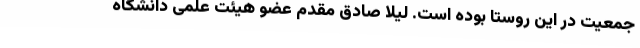
جمعیت در این روستا بوده است. لیلا صادق مقدم عضو هیئت علمی دانشگاه